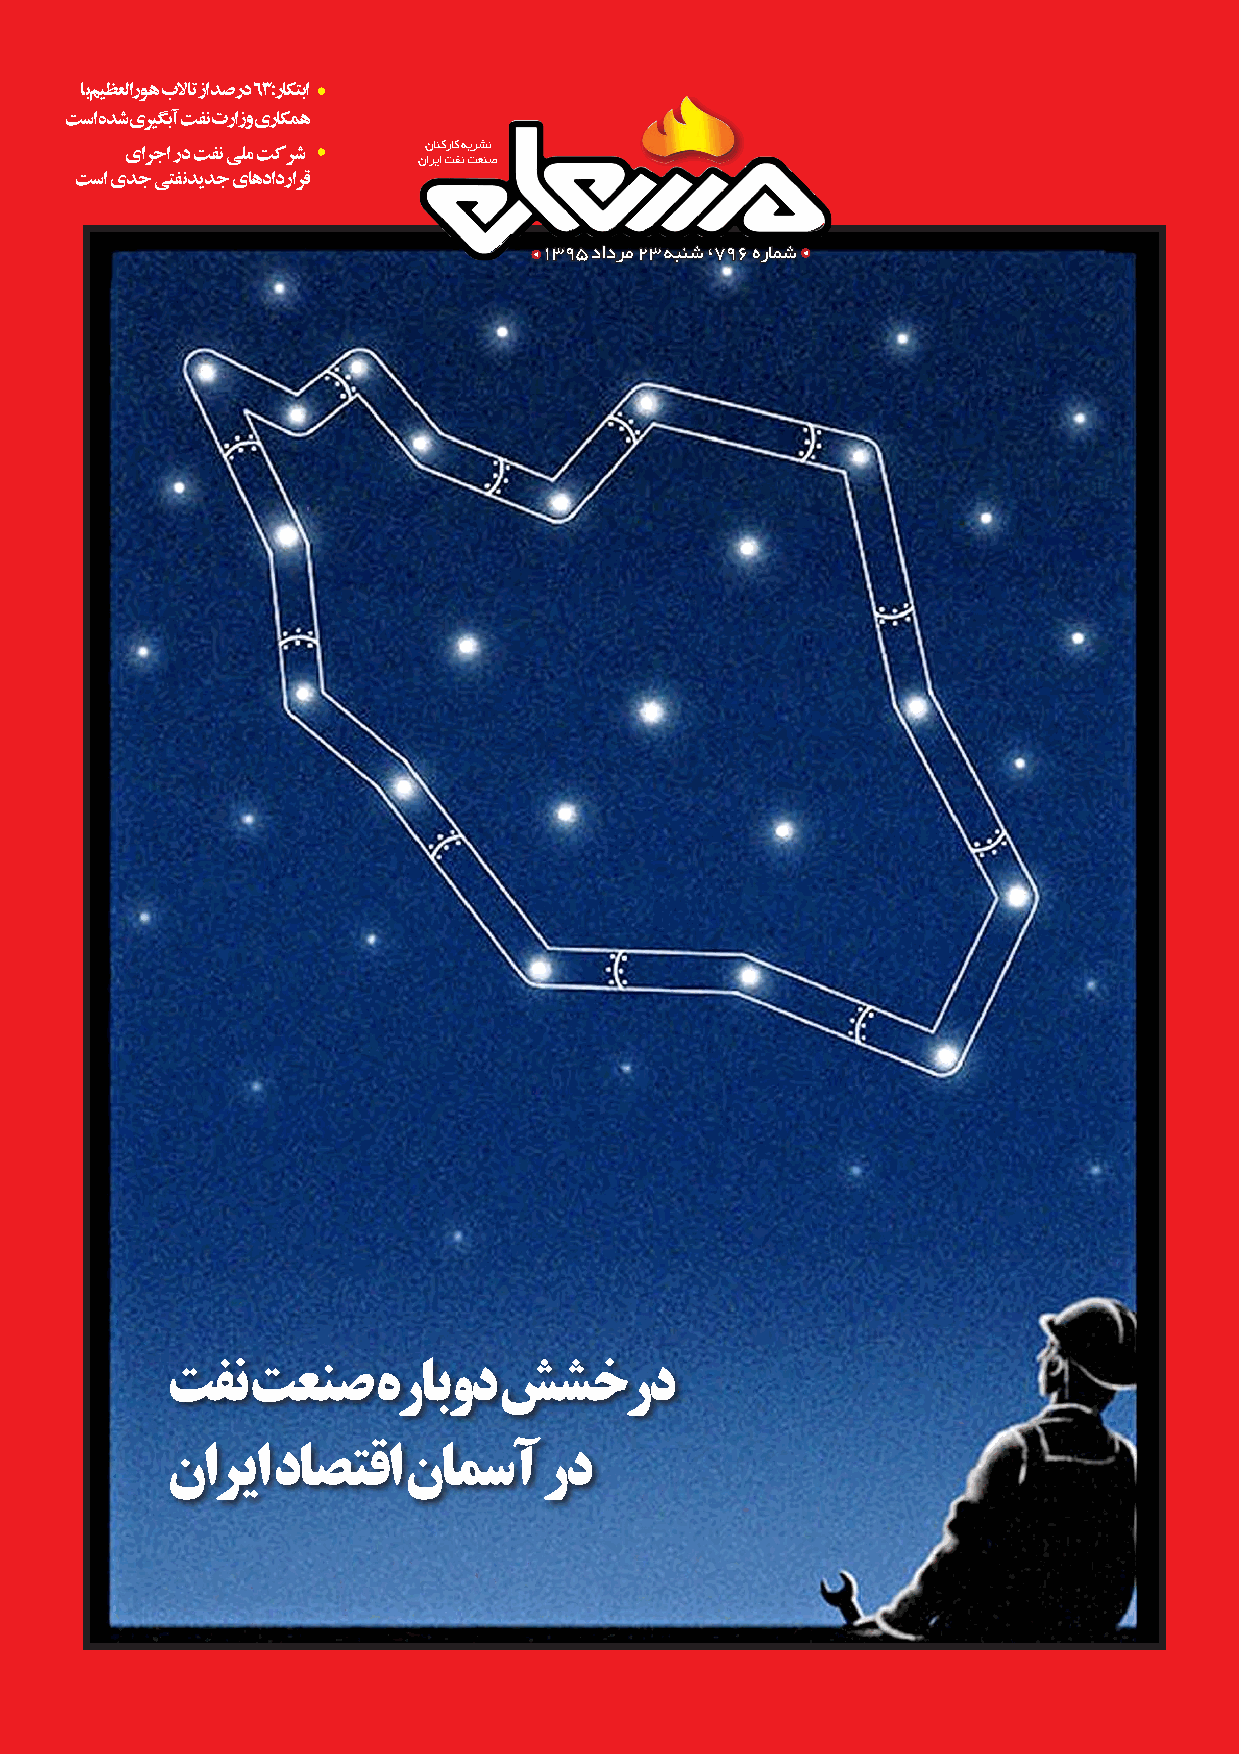
اب میظعلاروه بلاات زا دصرد ٦٣ :راکتبا
 تسا هدش یریگبآ تفن ترازو یراکمه
 نانکراک هیرشن
 یارجا رد تفن یلم تکرش
 ناریا تفن تعنص
 تسا یدج یتفن دیدج یاهدادرارق
 1395 دادرم 23 هبنش ،796 هرامش
 تفن  تعنص     هرابود  ششخرد
 ناریا  داصتقا   نامسآ    رد
 سراف  جیلخ  رد  ناریا یزاگ یوکس   نیمود   و تسیب   18B